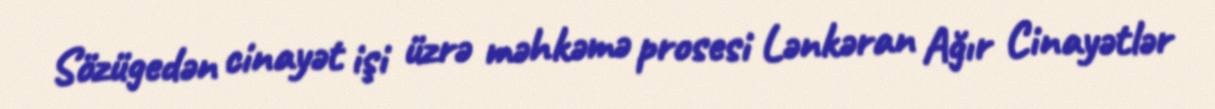
Sözügedən cinayət işi üzrə məhkəmə prosesi Lənkəran Ağır Cinayətlər